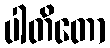
ပါတိတော